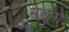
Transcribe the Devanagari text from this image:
सलूंग